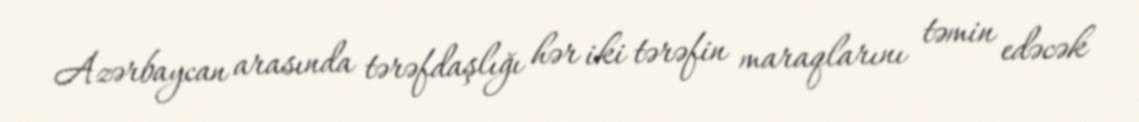
Azərbaycan arasında tərəfdaşlığı hər iki tərəfin maraqlarını təmin edəcək